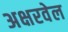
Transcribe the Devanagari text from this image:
अक्षरवेल